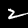
Digit: 2